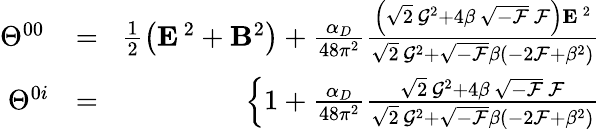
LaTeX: \begin{array}{rlr}{\Theta^{00}\! }&{{}=}&{\! \frac{1}{2}\left({\mathbf E}^{\, 2}+{\mathbf B}^{2}\right)+\frac{\alpha_{D}}{48\pi^{2}}\frac{\left(\sqrt{2}\, {\cal G}^{2}+4\beta\, \sqrt{-{\cal F}}\, {\cal F}\right){\mathbf E}^{\, 2}}{\sqrt{2}\, {\cal G}^{2}+\sqrt{-{\cal F}}\beta(-2{\cal F}+\beta^{2})}}\\ {\Theta^{0i}\! \! }&{{}=}&{\! \! \left\{ 1+\frac{\alpha_{D}}{48\pi^{2}}\frac{\sqrt{2}\, {\cal G}^{2}+4\beta\, \sqrt{-{\cal F}}\, {\cal F}}{\sqrt{2}\, {\cal G}^{2}+\sqrt{-{\cal F}}\beta(-2{\cal F}+\beta^{2})}\right.}\end{array}